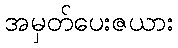
အမှတ်ပေးဇယား